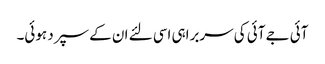
آئی جے آئی کی سربراہی اسی لئے ان کے سپرد ہوئی۔